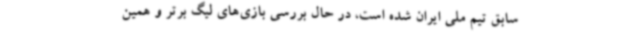
سابق تیم ملی ایران شده است، در حال بررسی بازی‌های لیگ برتر و همین